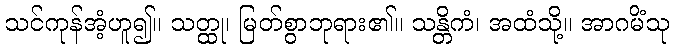
သင်ကုန်အံ့ဟူ၍။ သတ္ထု၊ မြတ်စွာဘုရား၏။ သန္တိကံ၊ အထံသို့။ အာဂမိံသု